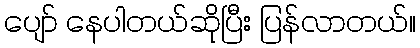
ပျော် နေပါတယ်ဆိုပြီး ပြန်လာတယ်။